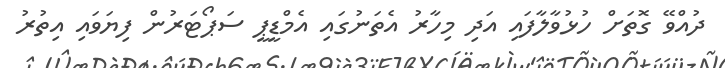
ދުއްވޭ ގޮތަށް ހުޅުވާލާފައި އަދި މިހާރު އެތަނުގައި އެމްޑީޕީ ސަޕޯޓަރުން ފިޔަވައި އިތުރު